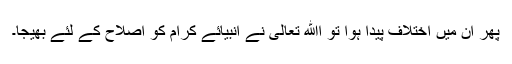
پھر ان میں اختلاف پیدا ہوا تو اﷲ تعالیٰ نے انبیائے کرام کو اصلاح کے لئے بھیجا۔